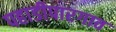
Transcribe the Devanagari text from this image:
पहाडीपारगाव